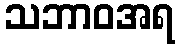
သဘာဝအရ